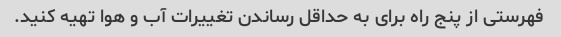
فهرستی از پنج راه برای به حداقل رساندن تغییرات آب و هوا تهیه کنید.